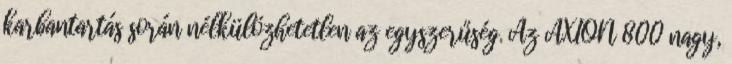
karbantartás során nélkülözhetetlen az egyszerűség. Az AXION 800 nagy,